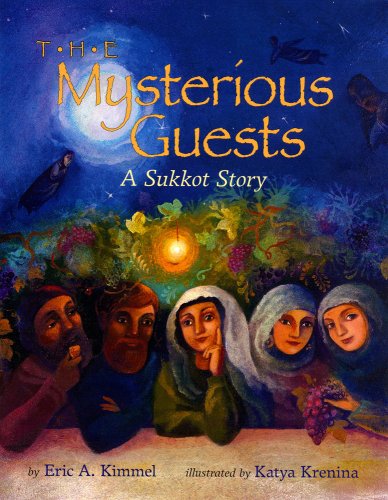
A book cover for The Mysterious Guests: A Sukkot Story; Eric A. Kimmel; Children's Books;